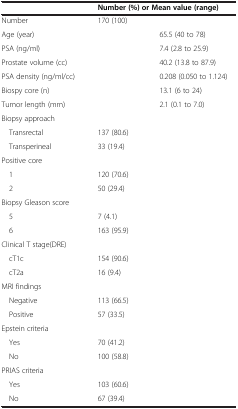
<table><thead><tr><td><b> </b></td><td colspan="2"><b>Number (%) or Mean value (range)</b></td></tr></thead><tbody><tr><td>Number</td><td>170 (100)</td><td> </td></tr><tr><td>Age (year)</td><td> </td><td>65.5 (40 to 78)</td></tr><tr><td>PSA (ng/ml)</td><td> </td><td>7.4 (2.8 to 25.9)</td></tr><tr><td>Prostate volume (cc)</td><td> </td><td>40.2 (13.8 to 87.9)</td></tr><tr><td>PSA density (ng/ml/cc)</td><td> </td><td>0.208 (0.050 to 1.124)</td></tr><tr><td>Biospy core (n)</td><td> </td><td>13.1 (6 to 24)</td></tr><tr><td>Tumor length (mm)</td><td> </td><td>2.1 (0.1 to 7.0)</td></tr><tr><td>Biopsy approach</td><td> </td><td> </td></tr><tr><td>Transrectal</td><td>137 (80.6)</td><td> </td></tr><tr><td>Transperineal</td><td>33 (19.4)</td><td> </td></tr><tr><td>Positive core</td><td> </td><td> </td></tr><tr><td>1</td><td>120 (70.6)</td><td> </td></tr><tr><td>2</td><td>50 (29.4)</td><td> </td></tr><tr><td>Biopsy Gleason score</td><td> </td><td> </td></tr><tr><td>5</td><td>7 (4.1)</td><td> </td></tr><tr><td>6</td><td>163 (95.9)</td><td> </td></tr><tr><td>Clinical T stage(DRE)</td><td> </td><td> </td></tr><tr><td>cT1c</td><td>154 (90.6)</td><td> </td></tr><tr><td>cT2a</td><td>16 (9.4)</td><td> </td></tr><tr><td>MRI findings</td><td> </td><td> </td></tr><tr><td>Negative</td><td>113 (66.5)</td><td> </td></tr><tr><td>Positive</td><td>57 (33.5)</td><td> </td></tr><tr><td>Epstein criteria</td><td> </td><td> </td></tr><tr><td>Yes</td><td>70 (41.2)</td><td> </td></tr><tr><td>No</td><td>100 (58.8)</td><td> </td></tr><tr><td>PRIAS criteria</td><td> </td><td> </td></tr><tr><td>Yes</td><td>103 (60.6)</td><td> </td></tr><tr><td>No</td><td>67 (39.4)</td><td> </td></tr></tbody></table>